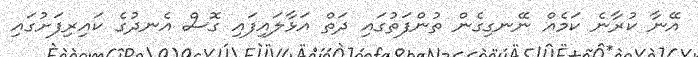
އޭނާ ކުރާނެ ކަމެއް ނޭނގިގެން ތުންފަތުގައި ދަތް އަޅާލައިފައި ގޮސް އެނދުގެ ކައިރިފަށުގައި